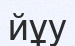
йұу